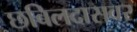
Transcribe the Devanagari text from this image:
छबिलदासवर